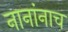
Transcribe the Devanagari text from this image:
नानांनाच